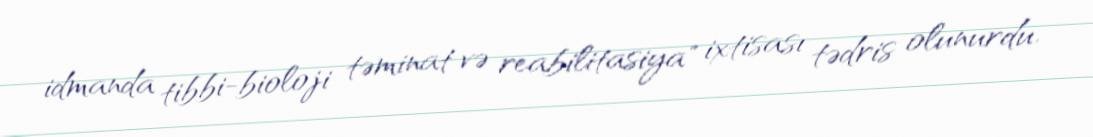
idmanda tibbi-bioloji təminat və reabilitasiya" ixtisası tədris olunurdu.